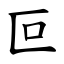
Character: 叵